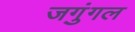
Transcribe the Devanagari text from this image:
जगुंगल